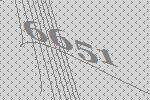
6651